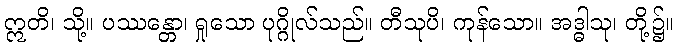
ဣတိ၊ သို့။ ပဿန္တော၊ ရှုသော ပုဂ္ဂိုလ်သည်။ တီသုပိ၊ ကုန်သော။ အဒ္ဓါသု၊ တို့၌။